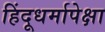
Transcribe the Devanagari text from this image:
हिंदूधर्मापेक्षा